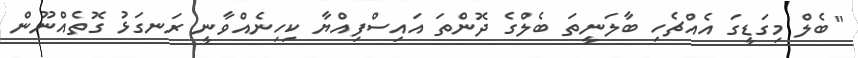
"ބެލް މިގަޑީގަ އެއްޗެހި ބާލަނީތަ ބެލްގެ ދޮންތަ އައިސްފިއްޔާ ކިހިނެއްވާނީ ރަނގަޅު ގޮތެއްނޫން